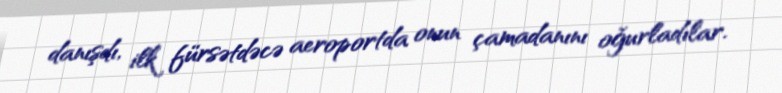
danışdı, ilk fürsətdəcə aeroportda onun çamadanını oğurladılar.